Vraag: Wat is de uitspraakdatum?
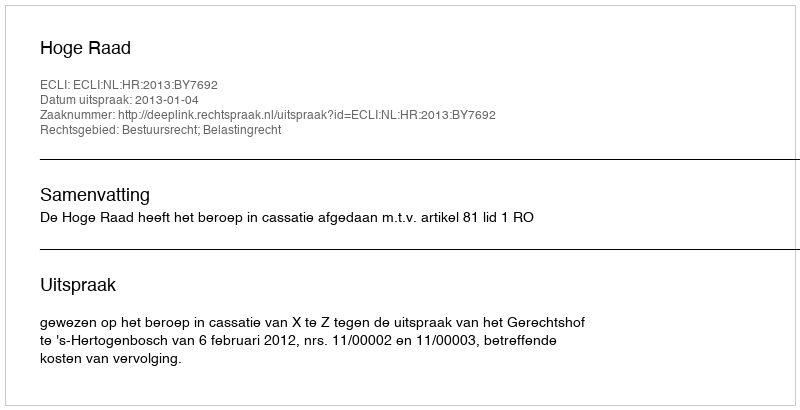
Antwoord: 2013-01-04